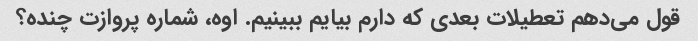
قول می‌دهم تعطیلات بعدی که دارم بیایم ببینیم. اوه، شماره پروازت چنده؟